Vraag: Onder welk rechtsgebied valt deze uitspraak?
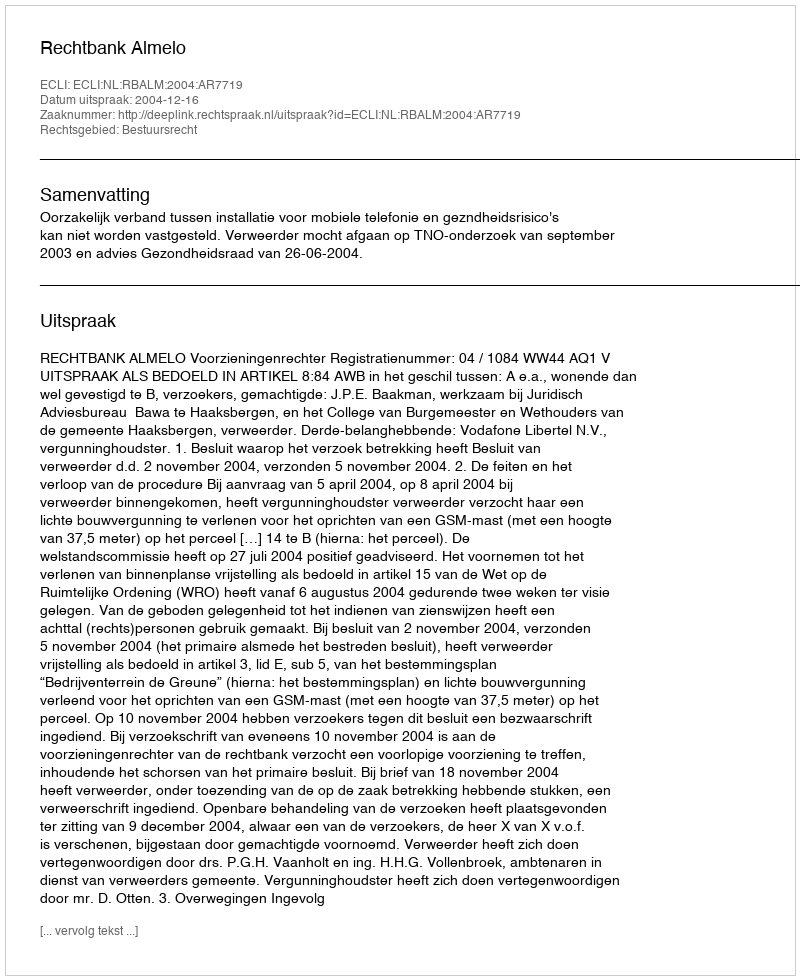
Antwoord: Bestuursrecht